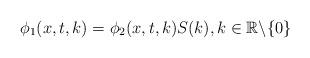
LaTeX: \begin{align*} \phi_1(x,t,k)=\phi_2(x,t,k)S(k), k\in\mathbb{R}\backslash\{0\}\end{align*}